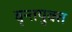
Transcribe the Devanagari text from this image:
वृन्तयुक्त